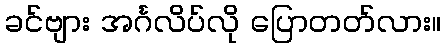
ခင်ဗျား အင်္ဂလိပ်လို ပြောတတ်လား။